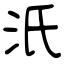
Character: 汦